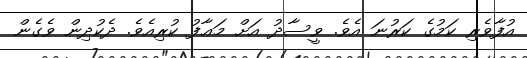
އުފާވެރި ކަމުގެ ކަރުނަ އެވެ. ވީސާދު އަށް މަޢާފު ކުރިއެވެ. ދެކުދިން ވެގެން